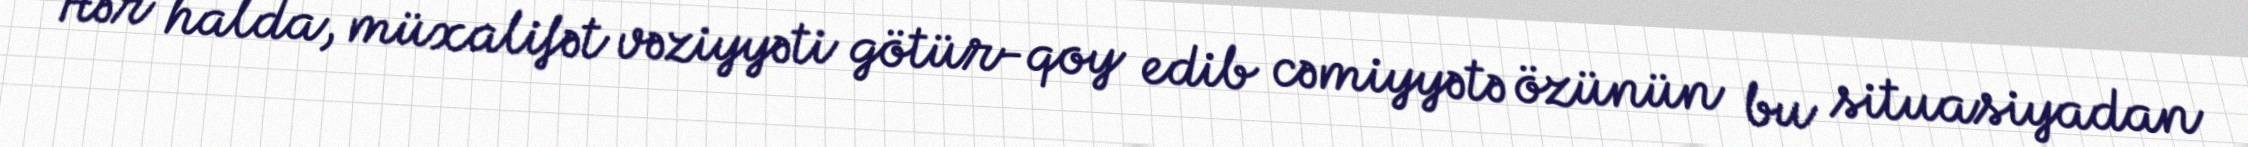
Hər halda, müxalifət vəziyyəti götür-qoy edib cəmiyyətə özünün bu situasiyadan